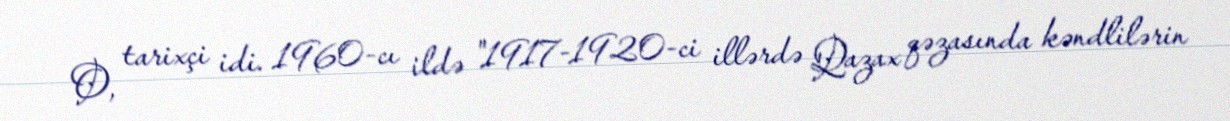
O, tarixçi idi. 1960-cı ildə "1917-1920-ci illərdə Qazax qəzasında kəndlilərin